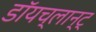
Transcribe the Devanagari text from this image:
डॉयच्लान्ट्